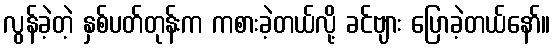
လွန်ခဲ့တဲ့ နှစ်ပတ်တုန်းက ကစားခဲ့တယ်လို့ ခင်ဗျား ပြောခဲ့တယ်နော်။